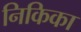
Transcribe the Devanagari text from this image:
निकिका